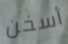
أسخن